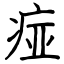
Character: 痖